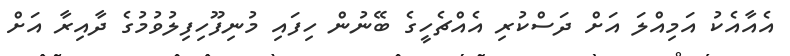
އެއާއެކު އަމިއްލަ އަށް ދަސްކުރި އެއްޗެހީގެ ބޭނުން ހިފައި މުނިފޫހިފިލުވުމުގެ ދާއިރާ އަށް